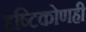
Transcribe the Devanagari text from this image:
दृष्टिकोणही